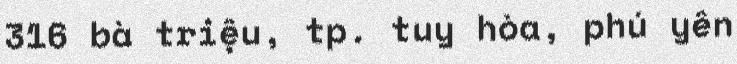
316 bà triệu, tp. tuy hòa, phú yên